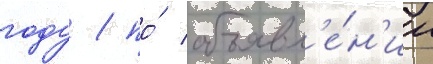
году / по́ объявл'е́н'ии